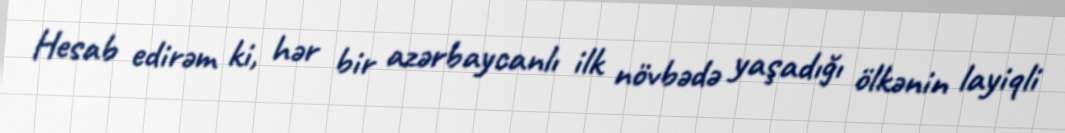
Hesab edirəm ki, hər bir azərbaycanlı ilk növbədə yaşadığı ölkənin layiqli